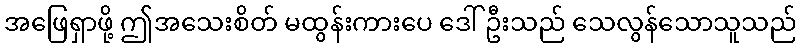
အဖြေရှာဖို့ ဤအသေးစိတ် မထွန်းကားပေ ဒေါ်ဦးသည် သေလွန်သောသူသည်